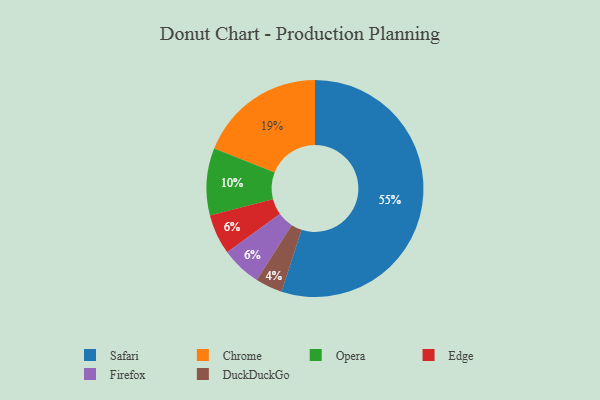
{"axis": {"x": "Category", "y": "Percentage"}, "legend": ["Chrome", "DuckDuckGo", "Edge", "Firefox", "Opera", "Safari"], "data": [{"x": "Edge", "y": 6, "type": "Edge"}, {"x": "Safari", "y": 55, "type": "Safari"}, {"x": "Opera", "y": 10, "type": "Opera"}, {"x": "Chrome", "y": 19, "type": "Chrome"}, {"x": "DuckDuckGo", "y": 4, "type": "DuckDuckGo"}, {"x": "Firefox", "y": 6, "type": "Firefox"}]}